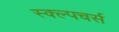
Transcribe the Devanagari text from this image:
स्क्ल्पचर्स